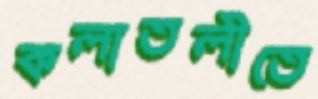
কলাতলীতে